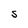
Character: S